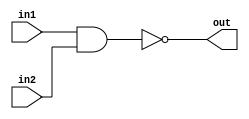
module Nand_gate (in1, in2, out);
input in1, in2;
output out;
assign out= ~(in1&in2);
endmodule

module Nor_gate (in1, in2, out);
input in1, in2;
output out;
assign out= ~(in1|in2);
endmodule

module Nand_gate3 (in1, in2, in3, out);
input in1, in2, in3;
output out;
assign out= ~(in1&in2&in3);
endmodule

module Xorgate2(in1, in2, out);
input in1, in2;
output out;
assign out= in1^in2;
endmodule

module Norgate4(in1, in2, in3, in4, out);
input in1, in2, in3, in4;
output out;
assign out= ~(in1|in2|in3|in4);
endmodule

module Norgate2(in1, in2, out);
input in1, in2;
output out;
assign out= ~(in1|in2);
endmodule

module Invgate(in, out);
input in;
output out;
assign out= ~in;
endmodule

module Xorgate ( out , in1 , in0) ;
input in1 , in0 ;
output out ;
assign out = in1 ^ in0 ;
endmodule

module Andgate(out , in1 , in0) ;
input in1 , in0 ;
output out ;
assign out = in1 & in0 ;
endmodule